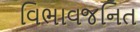
વિભાવજનિત